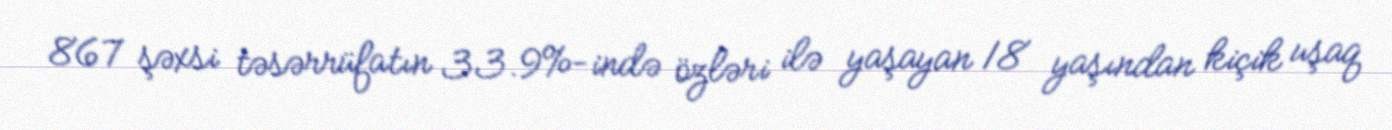
867 şəxsi təsərrüfatın 33.9%-ində özləri ilə yaşayan 18 yaşından kiçik uşaq